Annual report of the Civil Veterinary Department, Bengal, for the year 1897-98 - 1897-1898
Year: 1897
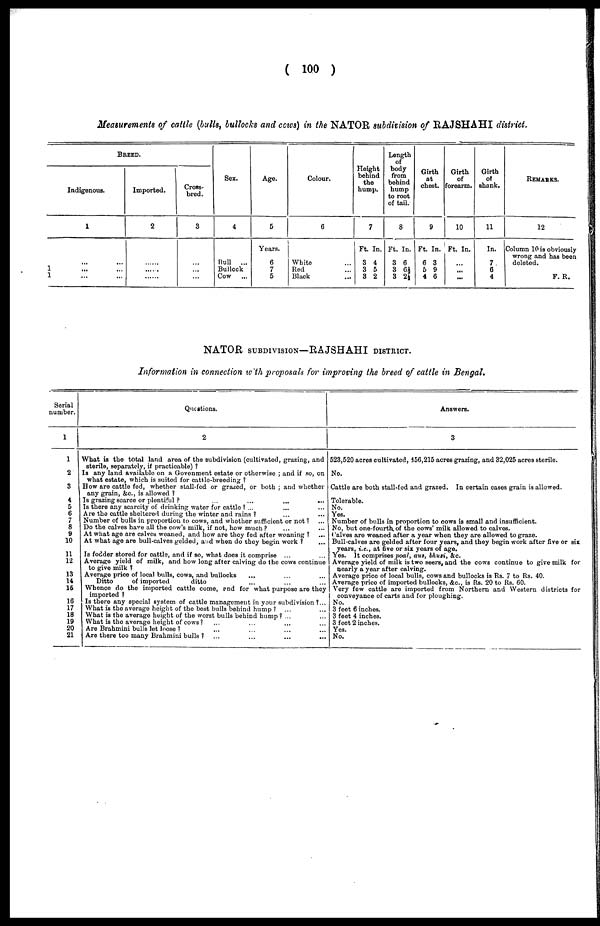
(100)
Measurements of cattle (bulls, bullocks and cows) in the NATOR subdivision of RAJSHAHI district.
BREED.
Indigenous.
1
...
...
1 ... ...
1 ... ...
Imported.
2
......
.
......
Cross-
bred.
3
...
...
...
Sex.
4
Bull
...
Bullock
Cow ...
Age.
5
Years.
6
7
5
Colour.
6
White ...
Red ...
Black ...
Height
behind
the
hump.
7
Ft. In.
3 4
3 5
3 2
Length
of
body
from
behind
hump
to root
of tail.
8
Ft. In.
3 6
3 6½
3 2½
Girth
at
chest.
9
Ft. In.
6 3
5 9
4 6
Girth
of
forearm.
10
Ft. In.
...
... ...
Girth
of
shank.
11
In.
7.
6
4
REMARKS.
12
Column 10 is obviously
wrong and has been
deleted.
F. R.
NATOR SUBDIVISION—RAJSHAHI DISTRICT.
Information in connection with proposals for improving the breed of cattle in Bengal.
Serial
number.
1
1
2
3
4
5
6
7
8
9
10
11
12
13
14
15
16
17
18
19
20
21
Questions.
2
What is the total land area of the subdivision (cultivated, grazing, and
sterile, separately, if practicable)?
Is any land available on a Government estate or otherwise; and if so, on
what estate, which is suited for cattle-breeding?
How are cattle fed, whether stall-fed or grazed, or both; and whether
any grain, &c, is allowed?
Is grazing scarce or plentiful? ... ...
Is there any scarcity of drinking water for cattle? ... ... ...
Are the cattle sheltered during the winter and rains? ... ...
Number of bulls in proportion to cows, and whether sufficient or not? ... ...
Do the calves have all the cow's milk, if not, how much? ... ...
At what age are calves weaned, and how are they fed after weaning? ... ...
At what age are bull-calves gelded, and when do they begin work?...
Is fodder stored for cattle, and if so, what does it comprise ... ...
Average yield of milk, and how long after calving do the cows continue
to give milk?
Average price of local bulls, cows, and bullocks ... ... ...
Ditto
of imported
ditto ... ... ...
Whence do the imported cattle come, and for what purpose are they
imported?
Is there any special system of cattle management in your subdivision?...
What is the average height of the best bulls behind hump?
... ...
What is the average height of the worst bulls behind hump? ... ...
What is the average height of cows? ... ...
Are Brahmini bulls let loose? ... ... ... ...
Are there too many Brahmini bulls? ... ... ... ...
Answers.
3
523,520 acres cultivated, 456,215 acres grazing, and 32,025 acres sterile.
No.
Cattle are both stall-fed and grazed, In certain cases grain is allowed.
Tolerable.
No.
Yes.
Number of bulls in proportion to cows is small and insufficient.
No, but one-fourth of the cows' milk allowed to calves.
Calves are weaned after a year when they are allowed to graze.
Bull-calves are gelded after four years, and they begin work after five or six
years, i.e., at five or six years of age.
Yes. It comprises poal, aus, bhusi, &c.
Average yield of milk is two seers, and the cows continue to give milk for
nearly a year after calving.
Average price of local bulls, cows and bullocks is Rs. 7 to Rs. 40.
Average price of imported bullocks, &c, is Rs. 20 to Rs. 60.
Very few cattle are imported from Northern and Western districts for
conveyance of carts and for ploughing.
No.
3 feet 6 inches.
3 feet 4 inches.
3 feet 2 inches.
Yes.
No.